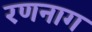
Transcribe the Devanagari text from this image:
रणनाग